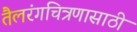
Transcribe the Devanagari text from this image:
तैलरंगचित्रणासाठी